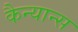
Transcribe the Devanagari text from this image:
कैन्यान्स